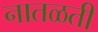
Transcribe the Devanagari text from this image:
नातळती